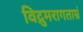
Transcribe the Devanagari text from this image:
विद्रुमरागताम्रं